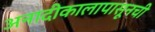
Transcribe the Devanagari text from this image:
अनादीकालापासूनची